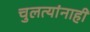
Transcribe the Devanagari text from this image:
चुलत्यांनाही